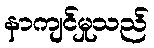
နာကျင်မှုသည်